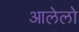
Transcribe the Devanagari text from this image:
आलेलो